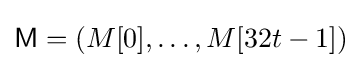
{\textsf {M}}=(M[0],\ldots ,M[32t-1])